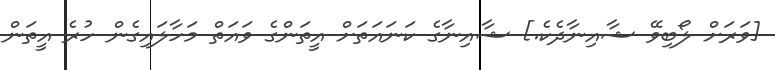
[ވަރަށް ލޯބިވޭ ޝާއިނާދެކެ.] ޝާއިނާގެ ކަނައަތަށް އީތަންގެ ވައަތް މަހާލައިގެން ހުރެ އީތަން